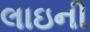
લાઇની